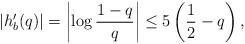
LaTeX: \begin{align*}\left|h_{b}'(q)\right|=\left|\log\frac{1-q}{q}\right|\leq5\left(\frac{1}{2}-q\right),\end{align*}